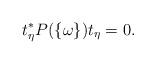
LaTeX: \begin{align*}t_{\eta}^*P(\{\omega\})t_{\eta}=0.\end{align*}